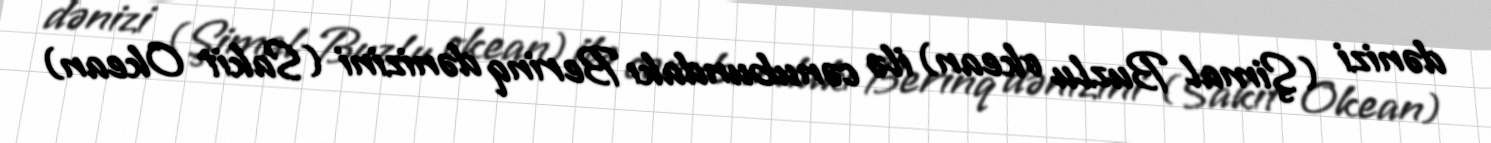
dənizi (Şimal Buzlu okean) ilə cənubundakı Berinq dənizini (Sakit Okean)